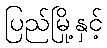
ပြည်မြို့နှင့်